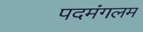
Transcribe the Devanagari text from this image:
पदमंगलम